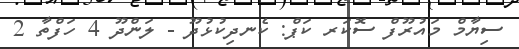
ސިޔާމް މައުރޫފް ސޮކަރ ކަޕް: ކެނދިކުޅުދޫ - ލަންދޫ 4 ހަފްތާ 2